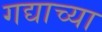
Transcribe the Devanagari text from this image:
गद्याच्या